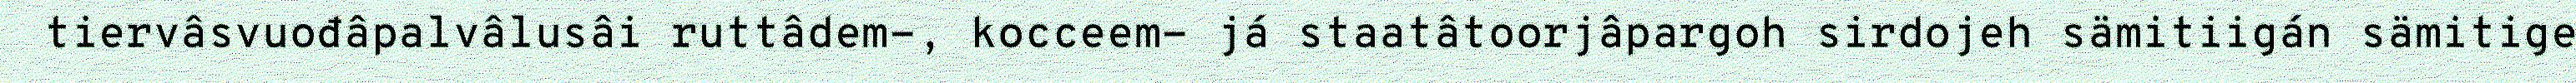
tiervâsvuođâpalvâlusâi ruttâdem-, kocceem- já staatâtoorjâpargoh sirdojeh sämitiigán sämitige